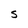
Character: S